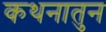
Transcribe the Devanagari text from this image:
कथनातुन